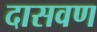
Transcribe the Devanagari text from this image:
दासवण